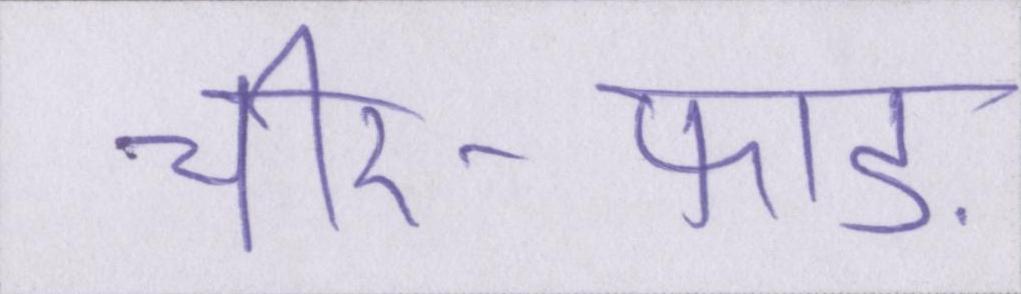
चीर-फाड़